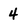
Character: 4